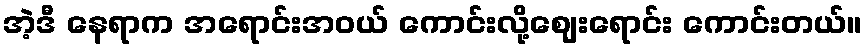
အဲ့ဒီ နေရာက အရောင်းအဝယ် ကောင်းလို့ဈေးရောင်း ကောင်းတယ်။